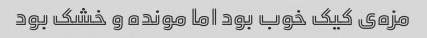
مزه‌ی کیک خوب بود اما مونده و خشک بود